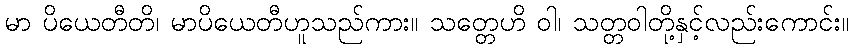
မာ ပိယေတီတိ၊ မာပိယေတီဟူသည်ကား။ သတ္တေဟိ ဝါ၊ သတ္တဝါတို့နှင့်လည်းကောင်း။